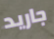
جاريد